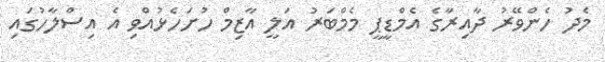
މެދު ހެންވޭރު ދާއިރާގެ އެމްޑީޕީ މެމްބަރު އަލީ އާޒިމް ހުށަހެޅުއްވި އެ އިސްލާހުގައި